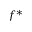
f ^ { \ast }